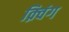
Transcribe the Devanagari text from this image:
क़्विंग